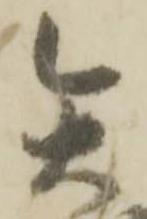
矢